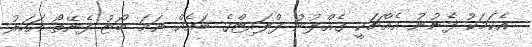
އެކަމަކު ފެނުނު އެއްޗަކީ ގެއްލުނު ފްލައިޓްގެ ބައެއް ނަމަ ބޯޓު ފެނޭތޯ އަހަރު